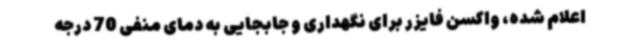
اعلام شده، واکسن فایزر برای نگهداری و جابجایی به دمای منفی 70 درجه